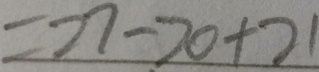
= 2 7 - 2 0 + 2 1